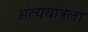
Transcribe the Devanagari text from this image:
अंत्ययात्रेला